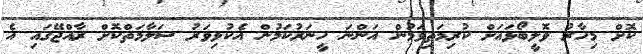
ކޮށް މިހާރު ވޮލީބޯޅައަށް ކުރިމަތިވަމުން އަންނަ ހީނަރުކަމުން އެކުޅިވަރު ސަލާމަތްކޮށް ރާއްޖޭގައި އެ